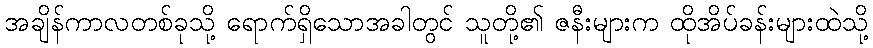
အချိန်ကာလတစ်ခုသို့ ရောက်ရှိသောအခါတွင် သူတို့၏ ဇနီးများက ထိုအိပ်ခန်းများထဲသို့